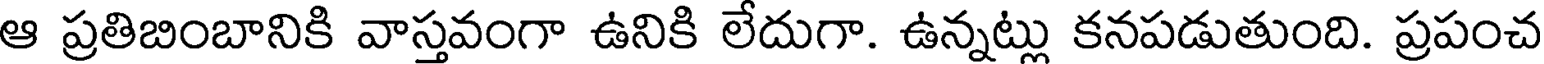
ఆ ప్రతిబింబానికి వాస్తవంగా ఉనికి లేదుగా. ఉన్నట్లు కనపడుతుంది. ప్రపంచ